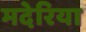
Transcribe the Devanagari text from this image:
मदेरिया